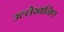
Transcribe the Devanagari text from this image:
उल्लेखनिए